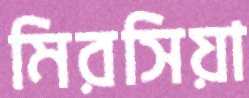
মিরসিয়া